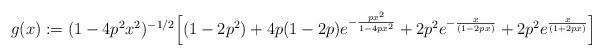
LaTeX: \begin{align*} g(x):= (1-4p^2x^2)^{-1/2}\Big[(1-2p^2)+ 4p(1-2p)e^{-\frac{px^2}{1-4px^2}} + 2p^2e^{-\frac{x}{(1-2px)}} + 2p^2e^{\frac{x}{(1+2px)}} \Big] \end{align*}